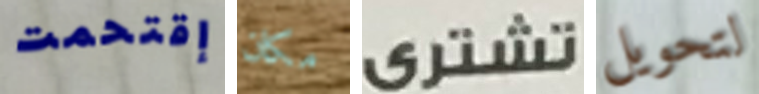
إقتحمت مكان تشترى لتحويل